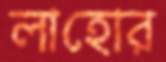
লাহোর